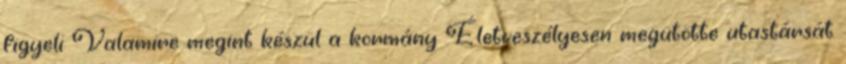
figyeli Valamire megint készül a kormány Életveszélyesen megütötte utastársát